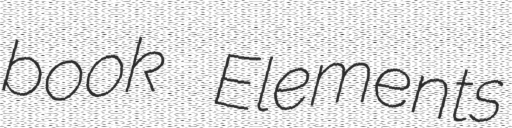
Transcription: book Elements